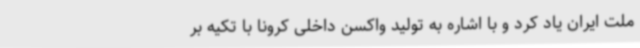
ملت ایران یاد کرد و با اشاره به تولید واکسن داخلی کرونا با تکیه بر